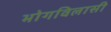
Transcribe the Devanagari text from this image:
भोगविलासी